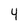
Character: 4